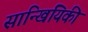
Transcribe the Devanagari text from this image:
सान्खियिकी